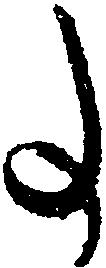
事